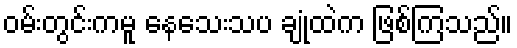
ဝမ်းတွင်းကမူ နေသေးသပ ချုံထဲက ဖြစ်ကြသည်။